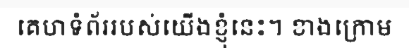
គេហទំព័ររបស់យើងខ្ញុំនេះ។ ខាងក្រោម